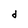
Character: d